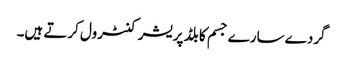
گردے سارے جسم کا بلڈ پریشر کنٹرول کرتے ہیں۔